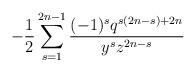
LaTeX: \begin{align*}-\frac{1}{2} \sum_{s=1}^{2n-1}\frac{(-1)^sq^{s(2n-s)+2n}}{y^{s}z^{2n-s}}\end{align*}